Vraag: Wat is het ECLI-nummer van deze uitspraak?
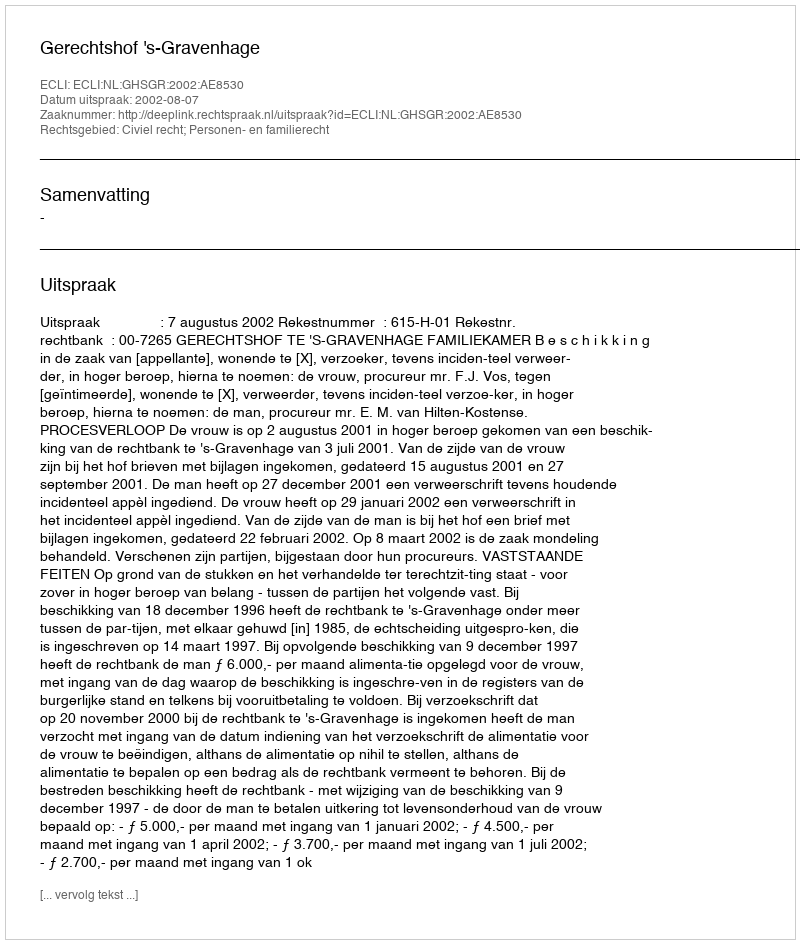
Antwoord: ECLI:NL:GHSGR:2002:AE8530